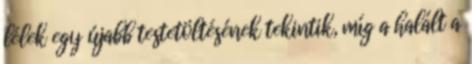
lélek egy újabb testetöltésének tekintik, míg a halált a